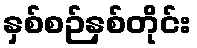
နှစ်စဉ်နှစ်တိုင်း